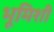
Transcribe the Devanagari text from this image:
भूमिशी